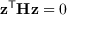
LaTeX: \mathbf { z } ^ { \mathsf { T } } \mathbf { H } \mathbf { z } = 0